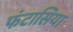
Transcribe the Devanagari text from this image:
फंटासिया